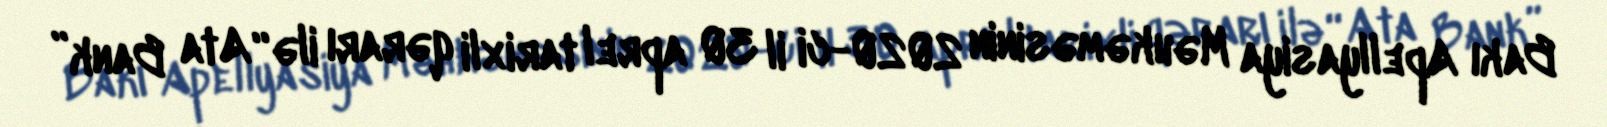
Bakı Apellyasiya Məhkəməsinin 2020-ci il 30 aprel tarixli qərarı ilə “Ata Bank”